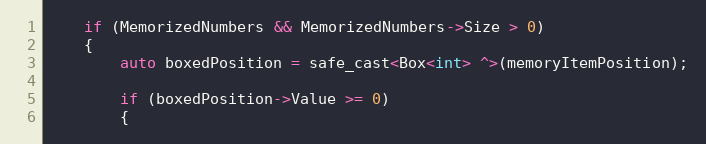
Language: C++
    if (MemorizedNumbers && MemorizedNumbers->Size > 0)
    {
        auto boxedPosition = safe_cast<Box<int> ^>(memoryItemPosition);

        if (boxedPosition->Value >= 0)
        {